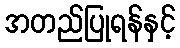
အတည်ပြုရန်နှင့်